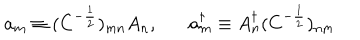
LaTeX: a _ { m } \equiv ( C ^ { - \frac { 1 } { 2 } } ) _ { m n } A _ { n } , a _ { m } ^ { \dagger } \equiv A _ { n } ^ { \dagger } ( C ^ { - \frac { 1 } { 2 } } ) _ { n m }